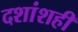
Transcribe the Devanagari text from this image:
दशांशही